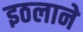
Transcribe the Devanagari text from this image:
इठलाने